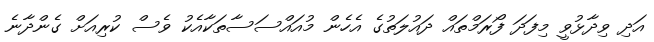
އަދި ވިދާޅުވީ މިފަދަ ފޯރަމްތައް ދައުލަތުގެ އެހެން މުއައްސަސާތަކާއެކު ވެސް ކުރިއަށް ގެންދާނެ